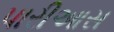
પારીઆસ